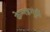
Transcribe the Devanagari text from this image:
केम्मन्नगुंडी